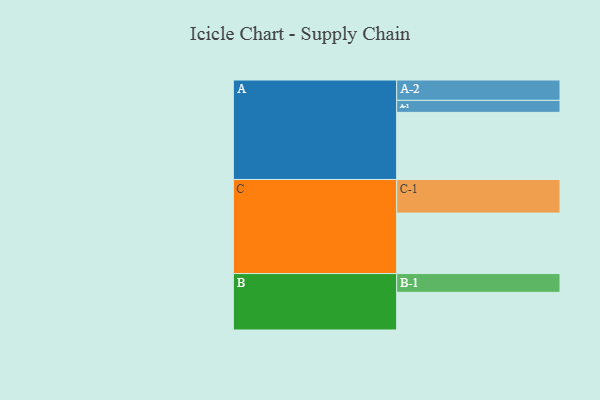
{"axis": {"x": "Segment", "y": "Value"}, "legend": ["", "A", "B", "C"], "data": [{"x": "A", "y": 597, "type": ""}, {"x": "B", "y": 335, "type": ""}, {"x": "C", "y": 538, "type": ""}, {"x": "A-1", "y": 107, "type": "A"}, {"x": "A-2", "y": 181, "type": "A"}, {"x": "B-1", "y": 167, "type": "B"}, {"x": "C-1", "y": 299, "type": "C"}]}